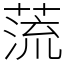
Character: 蓅